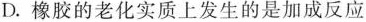
D.橡胶的老化实质上发生的是加成反应